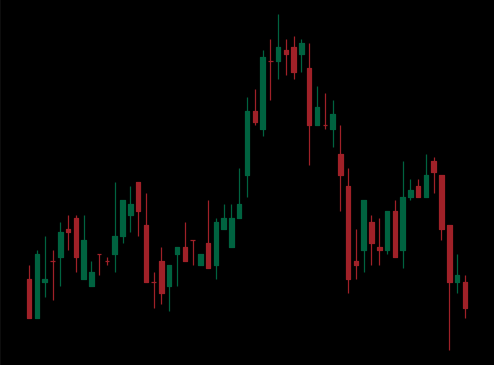
Pattern: head_shoulders